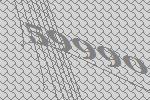
59990